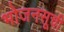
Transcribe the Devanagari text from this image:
भोजनसूची